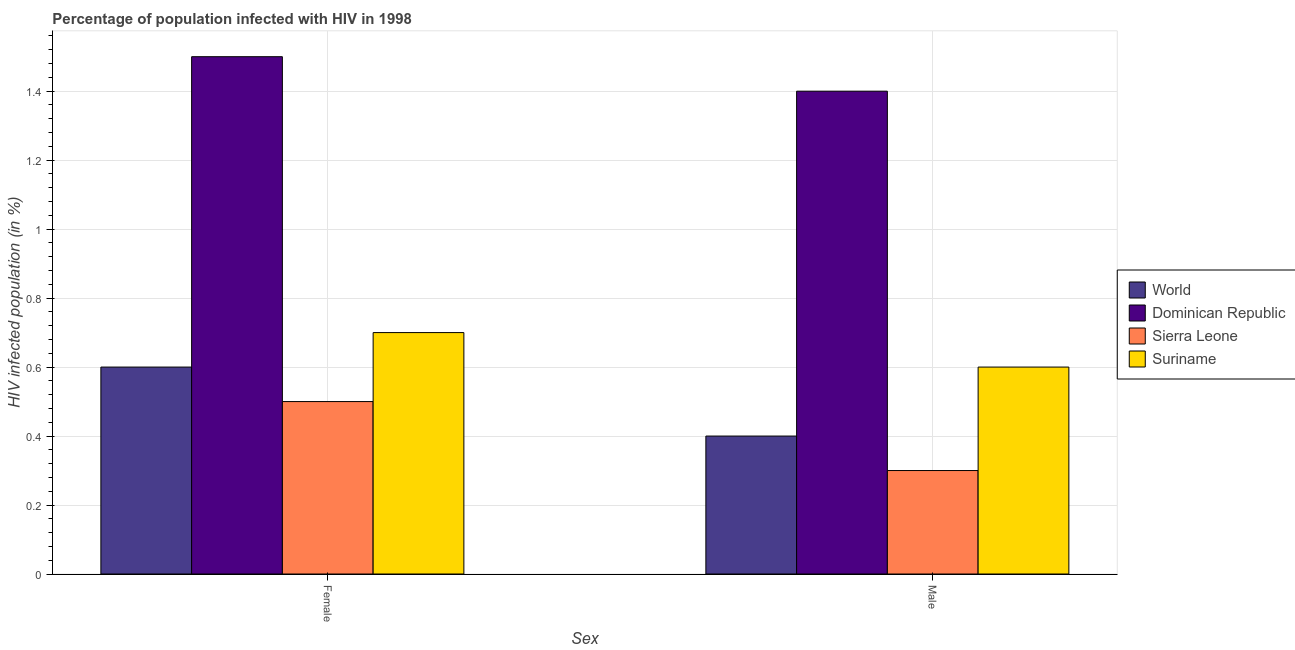
| Sex | World | Dominican Republic | Sierra Leone | Suriname |
 | --- | --- | --- | --- | --- |
 | Female | 0.6 | 1.5 | 0.5 | 0.7 |
 | Male | 0.4 | 1.4 | 0.3 | 0.6 |